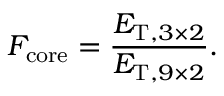
F _ { \mathrm { c o r e } } = \frac { E _ { \mathrm { T } , 3 \times 2 } } { E _ { \mathrm { T } , 9 \times 2 } } .